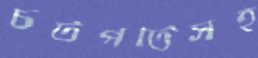
চটপটিসহ